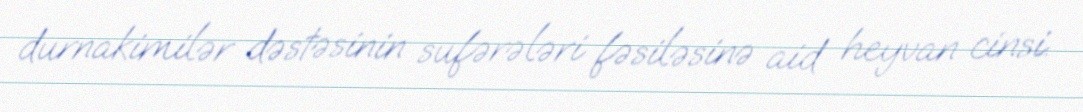
durnakimilər dəstəsinin sufərələri fəsiləsinə aid heyvan cinsi.